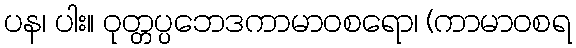
ပန၊ ပါး။ ဝုတ္တပ္ပဘေဒကာမာဝစရော၊ (ကာမာဝစရ